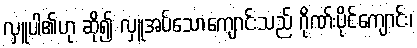
လှူပါ၏ဟု ဆို၍ လှူအပ်သောကျောင်းသည် ဂိုဏ်းပိုင်ကျောင်း၊